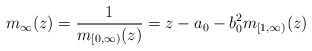
\begin{align*} m_\infty(z)=\frac1{m_{[0,\infty)}(z)}=z-a_0-b_0^2 m_{[1,\infty)}(z)\end{align*}